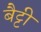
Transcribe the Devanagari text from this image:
बैट्टी